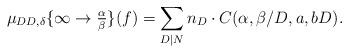
LaTeX: \begin{align*}\mu_{DD,\delta}\{\infty\to \tfrac{\alpha}{\beta}\}(f)=\sum_{D\mid N} n_D\cdot C(\alpha,\beta/D,a,bD).\end{align*}